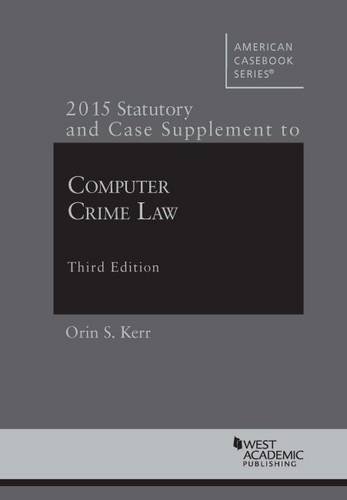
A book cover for Computer Crime Law: 2015 Supplement (American Casebook Series); Orin Kerr; Computers & Technology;